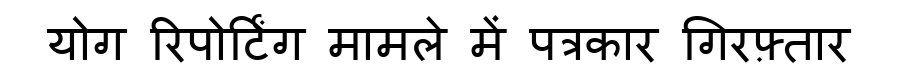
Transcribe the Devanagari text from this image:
योग रिपोर्टिंग मामले में पत्रकार गिरफ़्तार